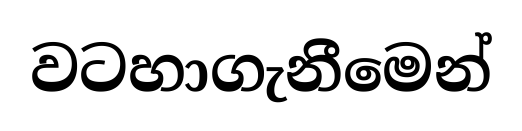
වටහාගැනීමෙන්